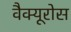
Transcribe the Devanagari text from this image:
वैक्यूरोस